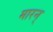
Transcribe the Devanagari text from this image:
मारन्